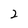
Character: 2